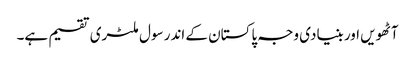
آٹھویں اور بنیادی وجہ پاکستان کے اندر سول ملٹری تقسیم ہے۔